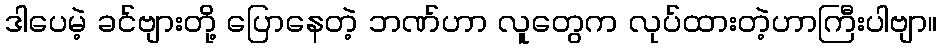
ဒါပေမဲ့ ခင်ဗျားတို့ ပြောနေတဲ့ ဘဏ်ဟာ လူတွေက လုပ်ထားတဲ့ဟာကြီးပါဗျာ။